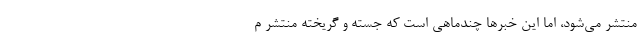
منتشر می‌شود، اما این خبر‌ها چندماهی است که جسته و گریخته منتشر م